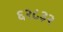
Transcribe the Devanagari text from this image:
६२८३२